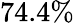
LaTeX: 74.4\%